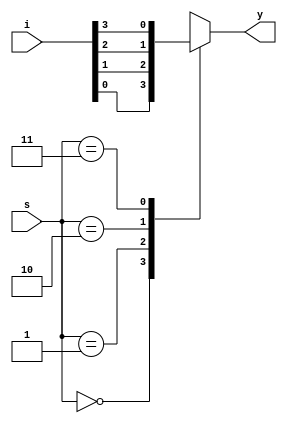
`timescale 1ns / 1ps


module mux_behaviour(i,s,y );
 input [3:0]i;
input [1:0]s;
output reg y;
always@(i,s)
begin
case(s)
 2'd0:y=i[0];
 2'd1:y=i[1];
 2'd2:y=i[2];
2'd3:y=i[3];
default :y=1'b0;
endcase end
endmodule